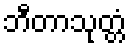
ဘီတာသုတ္တံ